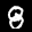
Label: 8